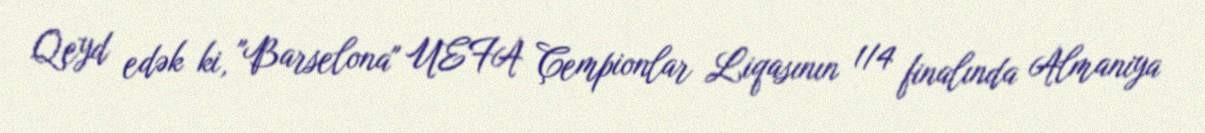
Qeyd edək ki, "Barselona" UEFA Çempionlar Liqasının 1/4 finalında Almaniya